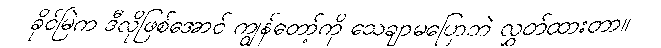
ခိုင်မြဲက ဒီလိုဖြစ်အောင် ကျွန်တော့်ကို သေချာမပြောဘဲ လွှတ်ထားတာ။